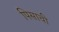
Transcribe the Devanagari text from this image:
पिसाची